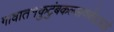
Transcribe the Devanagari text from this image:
गावात१कुटुंबकल्याणकेंद्रआहे